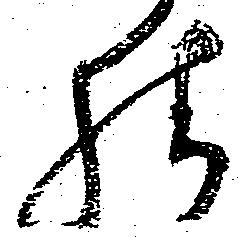
様